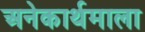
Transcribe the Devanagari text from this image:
अनेकार्थमाला